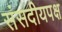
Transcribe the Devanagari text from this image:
संसदीयपक्ष